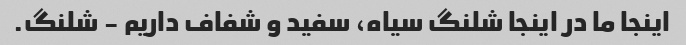
اینجا ما در اینجا شلنگ سیاه، سفید و شفاف داریم - شلنگ.